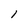
Character: 1